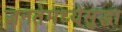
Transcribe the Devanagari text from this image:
जनतेमध्येसुद्धा